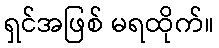
ရှင်အဖြစ် မရထိုက်။